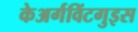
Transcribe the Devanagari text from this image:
केअर्गविंटगुइस